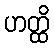
ဟတ္ထိ